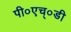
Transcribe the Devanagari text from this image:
पी०एच्०डी